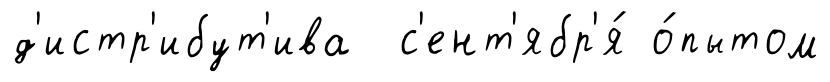
д'истр'ибут'ива с'ент'ябр'я́ о́пытом